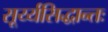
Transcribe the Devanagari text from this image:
सूर्य्यसिद्धान्तः